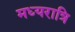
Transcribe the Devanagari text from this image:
मध्‍यरात्रि